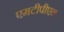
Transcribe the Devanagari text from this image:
एमटीपीएल